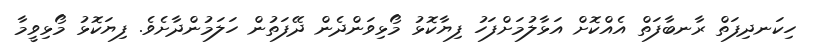
ހިކަނދިފަތް ރާނބާފަތް އެއްކޮށް އަޅާލުމަށްފަހު ފިޔާކޮޅު މޯޅިވަންދެން ދޭފަތުން ހަލަމުންދާށެވެ. ފިޔަކޮޅު މޯޅިވީމާ